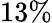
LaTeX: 13\%